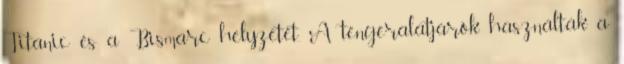
Titanic és a Bismarc helyzetét. A tengeralatjárók használták a